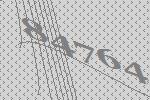
84764